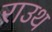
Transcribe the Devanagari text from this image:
राउथ